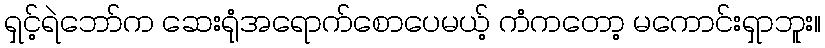
ရှင့်ရဲဘော်က ဆေးရုံအရောက်စောပေမယ့် ကံကတော့ မကောင်းရှာဘူး။